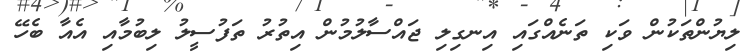
ލިޔުންތަކުން ވަކި ތަނެއްގައި އިނގިލި ޖައްސާލުމުން އިތުރު ތަފުސީލު ލިބުމާއި އެއާ ބެހޭ